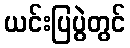
ယင်းပြပွဲတွင်